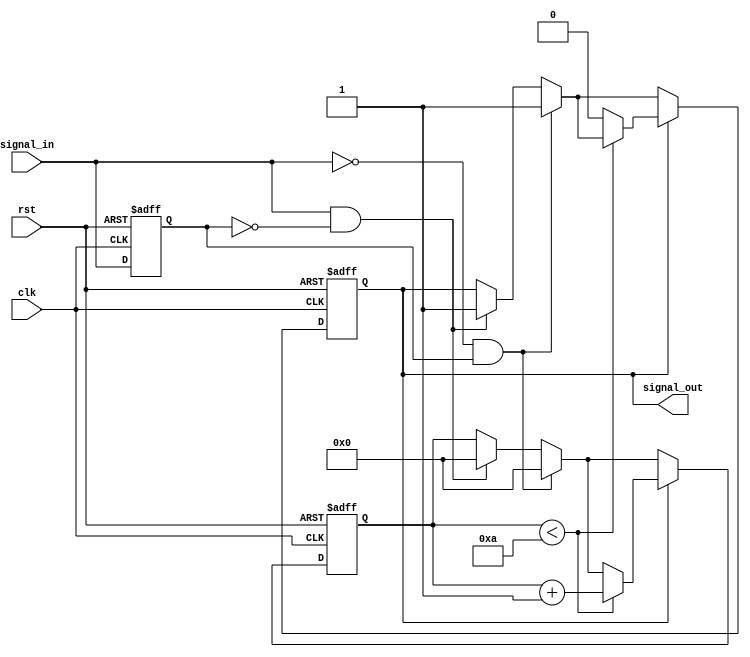
module MonostableEdgeDetector (
    input wire clk,          // Clock input
    input wire rst,          // Asynchronous reset
    input wire signal_in,    // Input signal to detect edges on
    output reg signal_out     // Output pulse
);

    // Parameters
    parameter PULSE_WIDTH = 10; // Pulse duration in clock cycles

    // Internal Signals
    reg prev_signal;         // Store the previous state of the input signal
    reg [3:0] pulse_counter; // Counter for pulse width

    // Edge Detection Logic
    always @(posedge clk or posedge rst) begin
        if (rst) begin
            prev_signal <= 1'b0; // Initialize previous signal state to low
            signal_out <= 1'b0;   // Ensure output is low on reset
            pulse_counter <= 4'b0; // Reset pulse counter
        end else begin
            // Detect rising edge
            if (signal_in && !prev_signal) begin
                signal_out <= 1'b1; // Generate output pulse
                pulse_counter <= 4'b0; // Reset pulse counter
            end

            // Detect falling edge
            if (!signal_in && prev_signal) begin
                signal_out <= 1'b1; // Generate output pulse
                pulse_counter <= 4'b0; // Reset pulse counter
            end

            // Increment pulse counter if output is high
            if (signal_out) begin
                if (pulse_counter < PULSE_WIDTH) begin
                    pulse_counter <= pulse_counter + 1;
                end else begin
                    signal_out <= 1'b0; // Turn off output after pulse width
                end
            end

            // Update previous signal state
            prev_signal <= signal_in;
        end
    end

endmodule